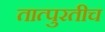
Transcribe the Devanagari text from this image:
तात्पुरतीच